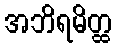
အဘိရမိတ္ထ